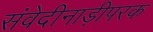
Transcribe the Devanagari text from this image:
संवेदीनाड़ीपरक